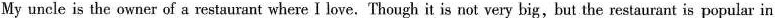
My uncle is the owner of a restaurant where I love.Though it is not very big,but the restaurant is popular in